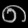
Digit: ၈